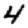
Digit: 4